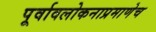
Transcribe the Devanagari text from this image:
पूर्वावलोकनाप्रमाणेच